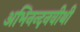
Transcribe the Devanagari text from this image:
अभिनन्दनवीथी